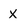
Character: x